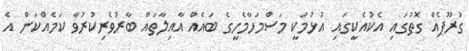
ގުރޫޕެއް ގޮތުގައި އެކުއެކީގައި އުޅުމަކީ މަސްމަހާމެހީގެ ބައެއް އާއިލާތައް ބާރުވެރިކުރުވާ ކަމެއްކަން އެ